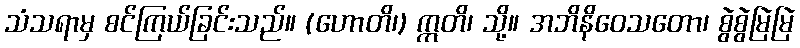
သံသရာမှ စင်ကြယ်ခြင်းသည်။ (ဟောတိ၊) ဣတိ၊ သို့။ အဘိနိဝေသတော၊ စွဲစွဲမြဲမြဲ